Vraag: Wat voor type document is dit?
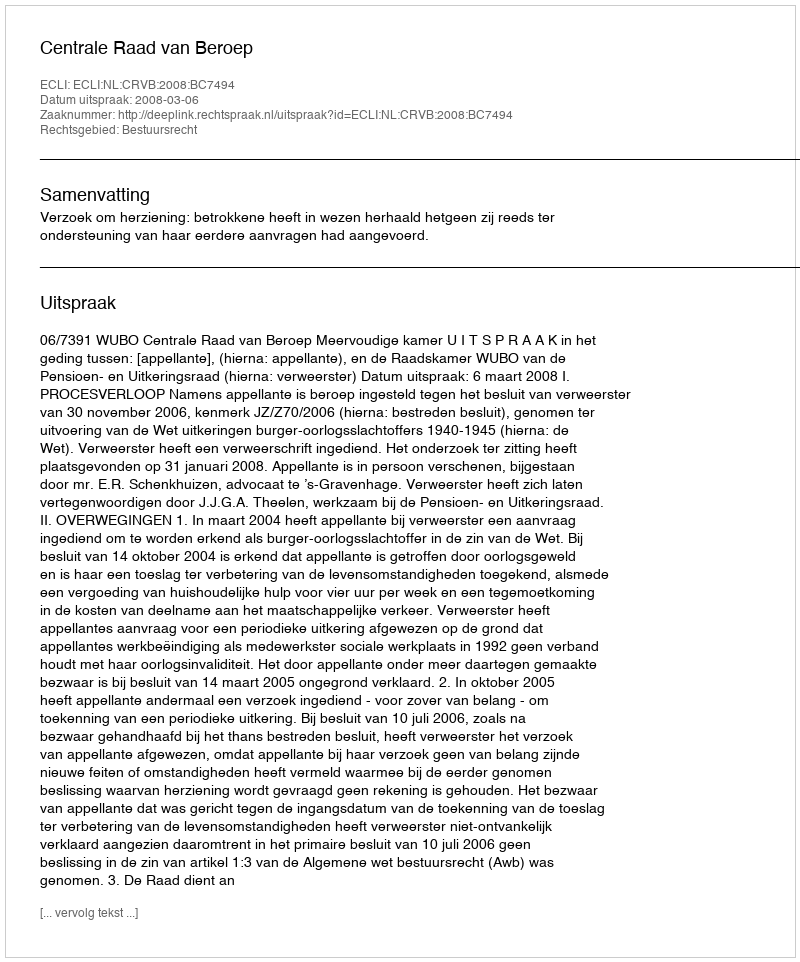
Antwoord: Uitspraak